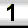
Digit: 1